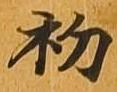
初